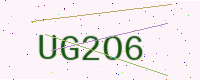
Text: UG2O6